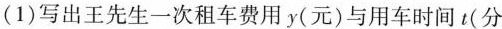
(1)写出王先生一次租车费用y(元)与用车时间t(分